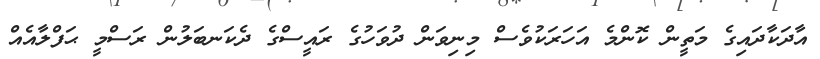
އާދަކާދައިގެ މަތީން ކޮންމެ އަހަރަކުވެސް މިނިވަން ދުވަހުގެ ރައީސްގެ ދެކަނބަލުން ރަސްމީ ޙަފްލާއެއް